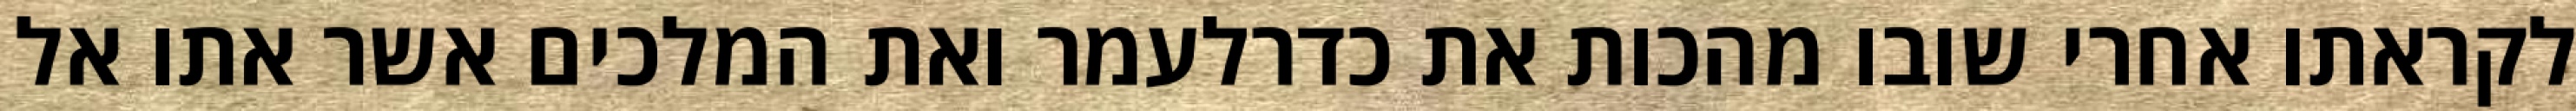
לקראתו אחרי שובו מהכות את כדרלעמר ואת המלכים אשר אתו אל